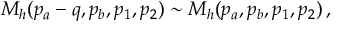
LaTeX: { \cal M } _ { h } ( p _ { a } - q , p _ { b } , p _ { 1 } , p _ { 2 } ) \sim { \cal M } _ { h } ( p _ { a } , p _ { b } , p _ { 1 } , p _ { 2 } ) \, ,